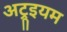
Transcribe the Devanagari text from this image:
अट्रूइयम